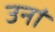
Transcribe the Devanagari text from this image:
उनां